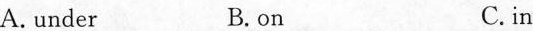
A.under B.on C.in